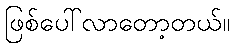
ဖြစ်ပေါ်လာတော့တယ်။